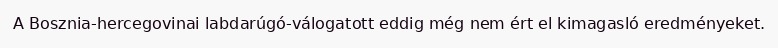
A Bosznia-hercegovinai labdarúgó-válogatott eddig még nem ért el kimagasló eredményeket.